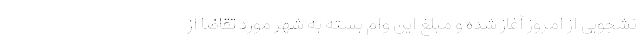
نشجویی از امروز آغاز شده و مبلغ این وام بسته به شهر مورد تقاضا از